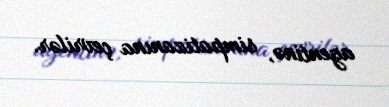
agentinə, simpatizanına çevrilər.